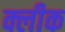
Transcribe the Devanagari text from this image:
क्लीक